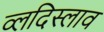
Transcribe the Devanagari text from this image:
व्लदिस्लाव